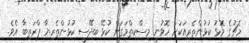
މެޗުގެ މޮޅު ކުޅުންތެރިއަކަށް ހޮވުނީ މިސްކިތްމަގަށް ކުޅޭ ބިދޭސީ ކުޅުންތެރިޔާ ޕްރަތިބާ އެވެ.